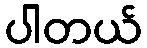
ပါတယ်